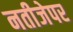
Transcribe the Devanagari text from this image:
नतीजेपर